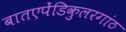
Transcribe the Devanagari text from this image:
बातएपेंडिकुलरगांठ